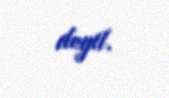
deyil.